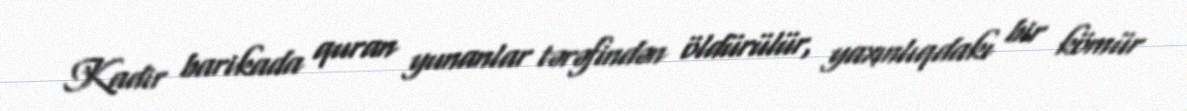
Kadir barikada quran yunanlar tərəfindən öldürülür, yaxınlıqdakı bir kömür